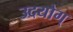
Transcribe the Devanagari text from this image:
उदयोग्